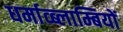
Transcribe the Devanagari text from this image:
धर्माव्ब्लाम्बियों